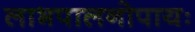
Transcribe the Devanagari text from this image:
लाभपालनोपायः